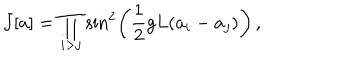
J [ a ] = \prod _ { i > j } \sin ^ { 2 } \left( \frac { 1 } { 2 } g L ( a _ { i } - a _ { j } ) \right) \, ,